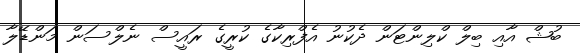
ބުޝް އާއި ބިލް ކްލިންޓަން ދެކުނު އެފްރިކާގެ ކުރީގެ ރައީސް ނެލްސަން މަންޑޭލާ